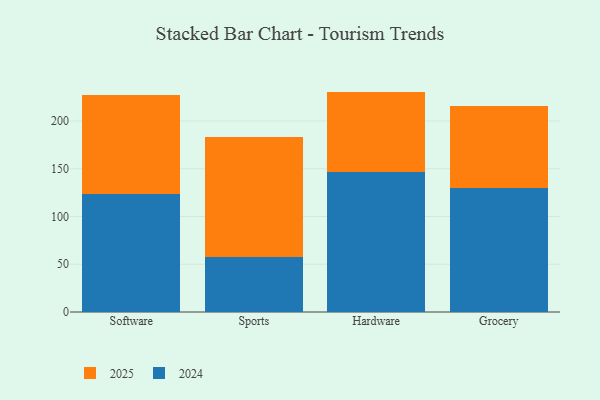
{"axis": {"x": "Category", "y": "Churn Rate (%)"}, "legend": ["2024", "2025"], "data": [{"x": "Software", "y": 104.0, "type": "2025"}, {"x": "Software", "y": 123.3, "type": "2024"}, {"x": "Sports", "y": 125.4, "type": "2025"}, {"x": "Sports", "y": 57.7, "type": "2024"}, {"x": "Hardware", "y": 84.6, "type": "2025"}, {"x": "Hardware", "y": 146.2, "type": "2024"}, {"x": "Grocery", "y": 86.5, "type": "2025"}, {"x": "Grocery", "y": 129.6, "type": "2024"}]}